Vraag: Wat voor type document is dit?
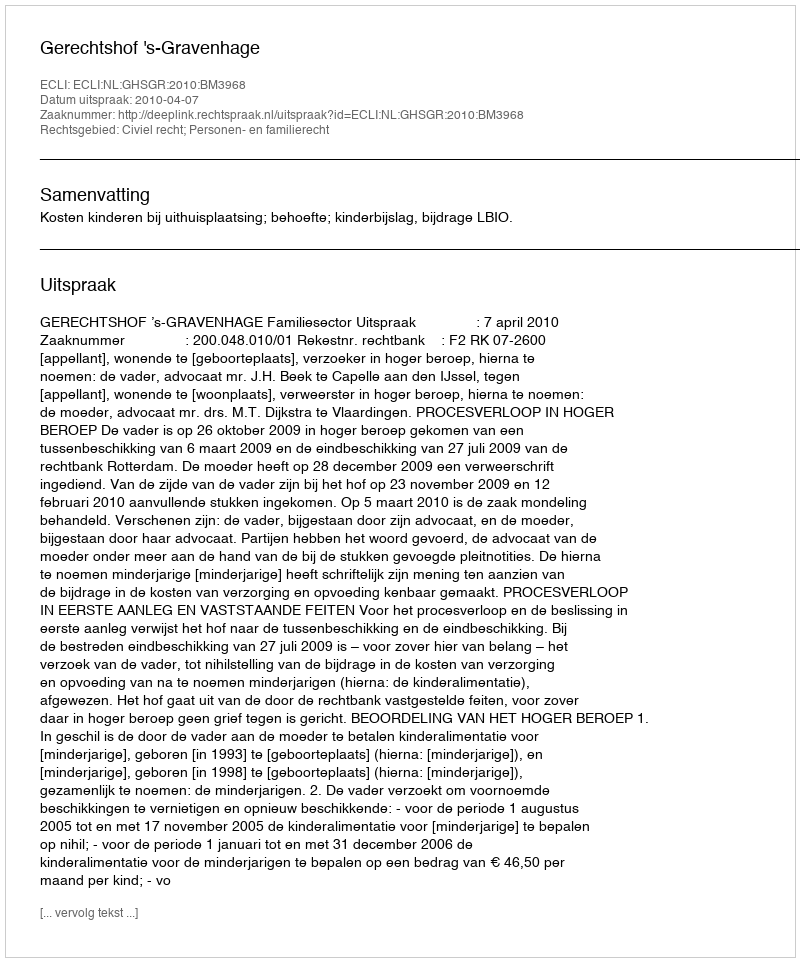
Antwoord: Uitspraak